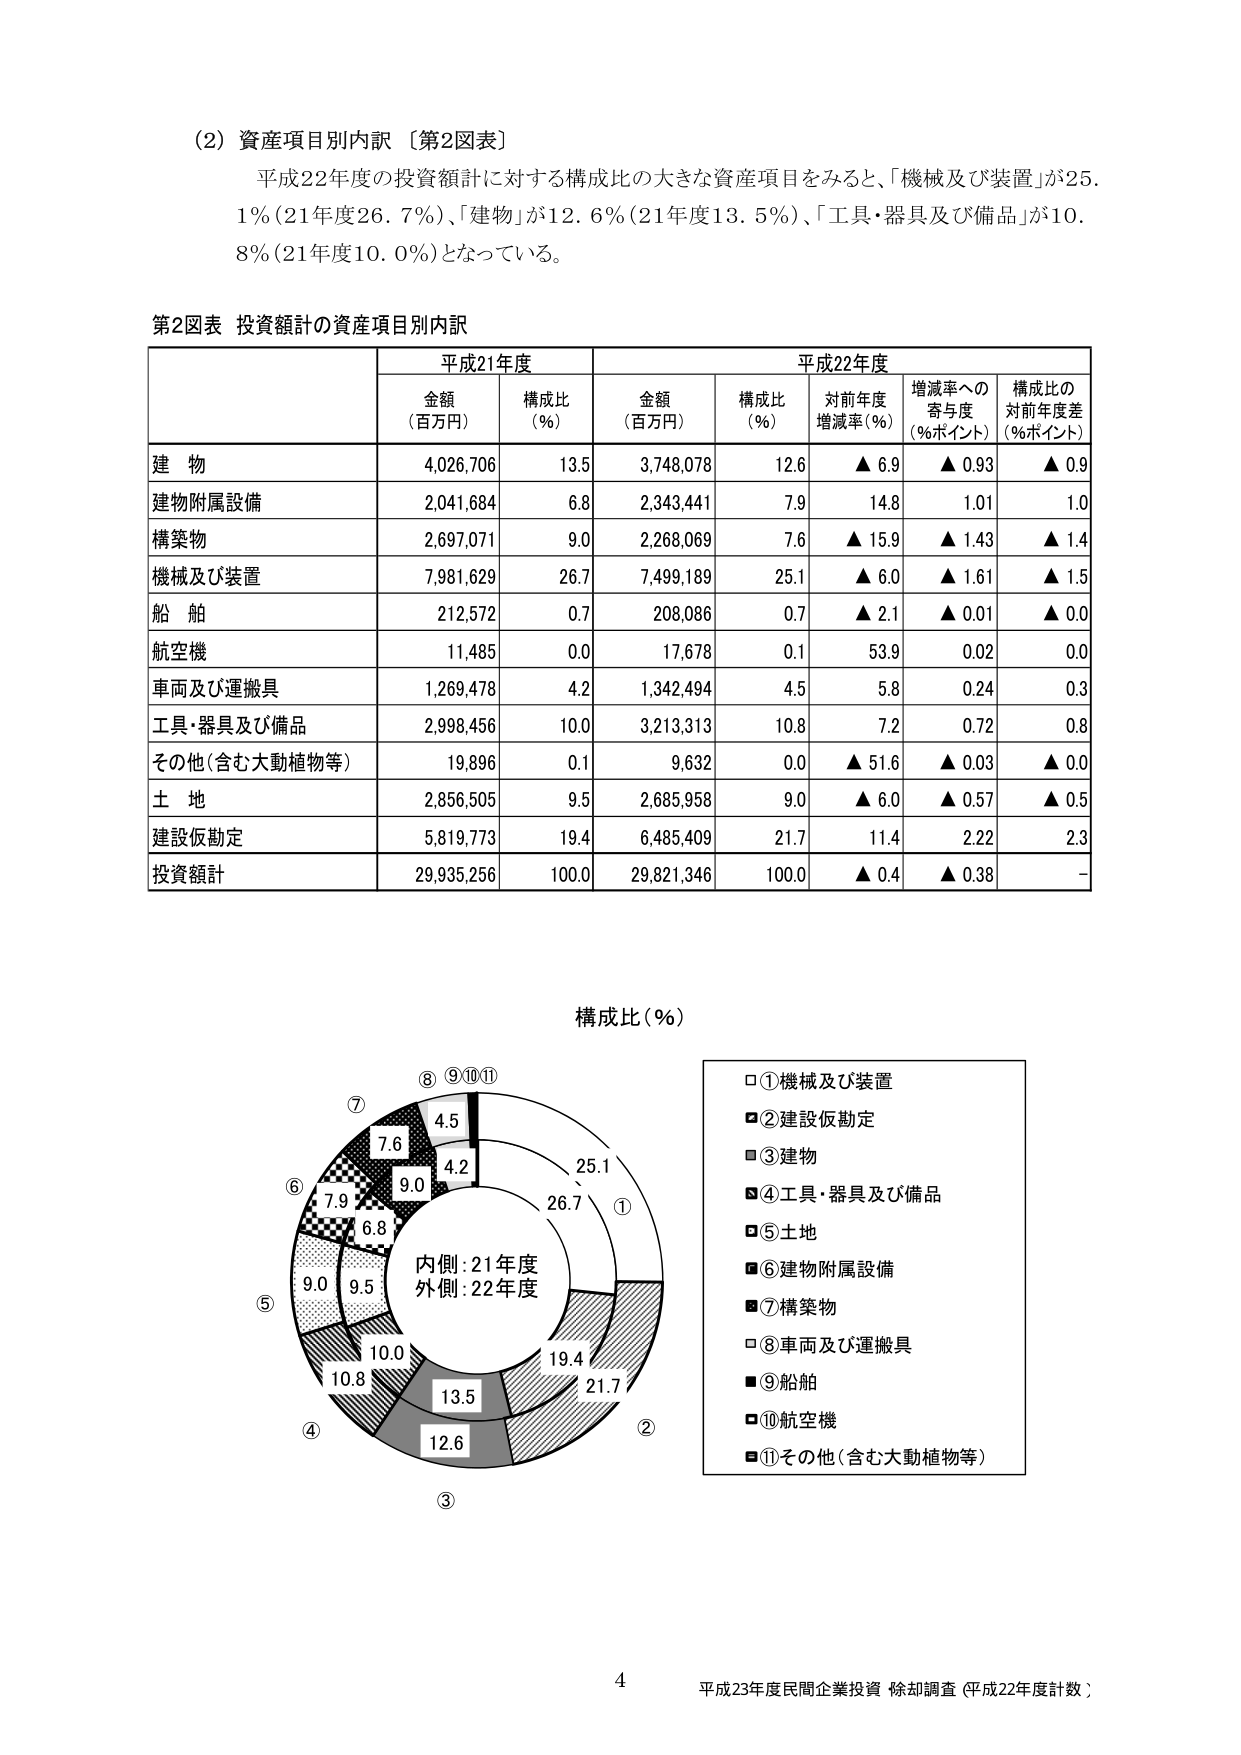
(2) 資産項目別内訳 【第2図表】
平成22年度の投資額計に対する構成比の大きな資産項目をみると、「機械及び装置」が25.1%（21年度26.7%）、「建物」が12.6%（21年度13.5%）、「工具・器具及び備品」が10.8%（21年度10.0%）となっている。

第2図表 投資額計の資産項目別内訳

| | 平成21年度 | | 平成22年度 | | | |
|---|---|---|---|---|---|---|
| | 金額（百万円） | 構成比（%） | 金額（百万円） | 構成比（%） | 対前年度増減率（%） | 増減率への寄与度（%ポイント） | 構成比の対前年度差（%ポイント） |
| 建物 | 4,026,706 | 13.5 | 3,748,078 | 12.6 | ▲6.9 | ▲0.93 | ▲0.9 |
| 建物附属設備 | 2,041,684 | 6.8 | 2,343,441 | 7.9 | 14.8 | 1.01 | 1.0 |
| 構築物 | 2,697,071 | 9.0 | 2,268,069 | 7.6 | ▲15.9 | ▲1.43 | ▲1.4 |
| 機械及び装置 | 7,981,629 | 26.7 | 7,499,189 | 25.1 | ▲6.0 | ▲1.61 | ▲1.5 |
| 船舶 | 212,572 | 0.7 | 208,086 | 0.7 | ▲2.1 | ▲0.01 | ▲0.0 |
| 航空機 | 11,485 | 0.0 | 17,678 | 0.1 | 53.9 | 0.02 | 0.0 |
| 車両及び運搬具 | 1,269,478 | 4.2 | 1,342,494 | 4.5 | 5.8 | 0.24 | 0.3 |
| 工具・器具及び備品 | 2,998,456 | 10.0 | 3,213,313 | 10.8 | 7.2 | 0.72 | 0.8 |
| その他（含む大動植物等） | 19,896 | 0.1 | 9,632 | 0.0 | ▲51.6 | ▲0.03 | ▲0.0 |
| 土地 | 2,856,505 | 9.5 | 2,685,958 | 9.0 | ▲6.0 | ▲0.57 | ▲0.5 |
| 建設仮勘定 | 5,819,773 | 19.4 | 6,485,409 | 21.7 | 11.4 | 2.22 | 2.3 |
| 投資額計 | 29,935,256 | 100.0 | 29,821,346 | 100.0 | ▲0.4 | ▲0.38 | - |

構成比（%）

内側：21年度
外側：22年度

①機械及び装置
②建設仮勘定
③建物
④工具・器具及び備品
⑤土地
⑥建物附属設備
⑦構築物
⑧車両及び運搬具
⑨船舶
⑩航空機
⑪その他（含む大動植物等）

4
平成23年度民間企業投資 除却調査（平成22年度計数）